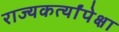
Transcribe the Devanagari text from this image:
राज्यकर्त्यांपेक्षा